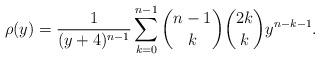
LaTeX: \begin{align*} \rho(y) = \frac{1}{(y+4)^{n-1}}\sum\limits_{k=0}^{n-1} {n-1\choose k}{2k\choose k} y^{n-k-1}.\end{align*}